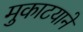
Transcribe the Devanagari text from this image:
मुकाटयाने